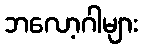
ဘလော့ဂါများ